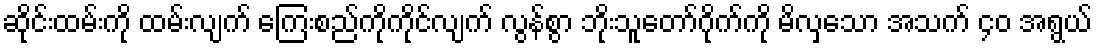
ဆိုင်းထမ်းကို ထမ်းလျက် ကြေးစည်ကိုကိုင်လျက် လွန်စွာ ဘိုးသူတော်ဂိုက်ကို မိလှသော အသက် ၄၀ အရွယ်